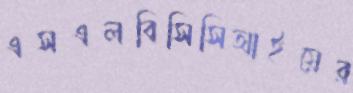
এসএলবিসিসিআইয়ের